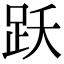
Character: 跃